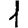
Digit: 1